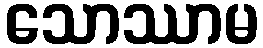
သောဿာမ